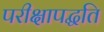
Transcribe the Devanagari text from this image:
परीक्षापद्धति